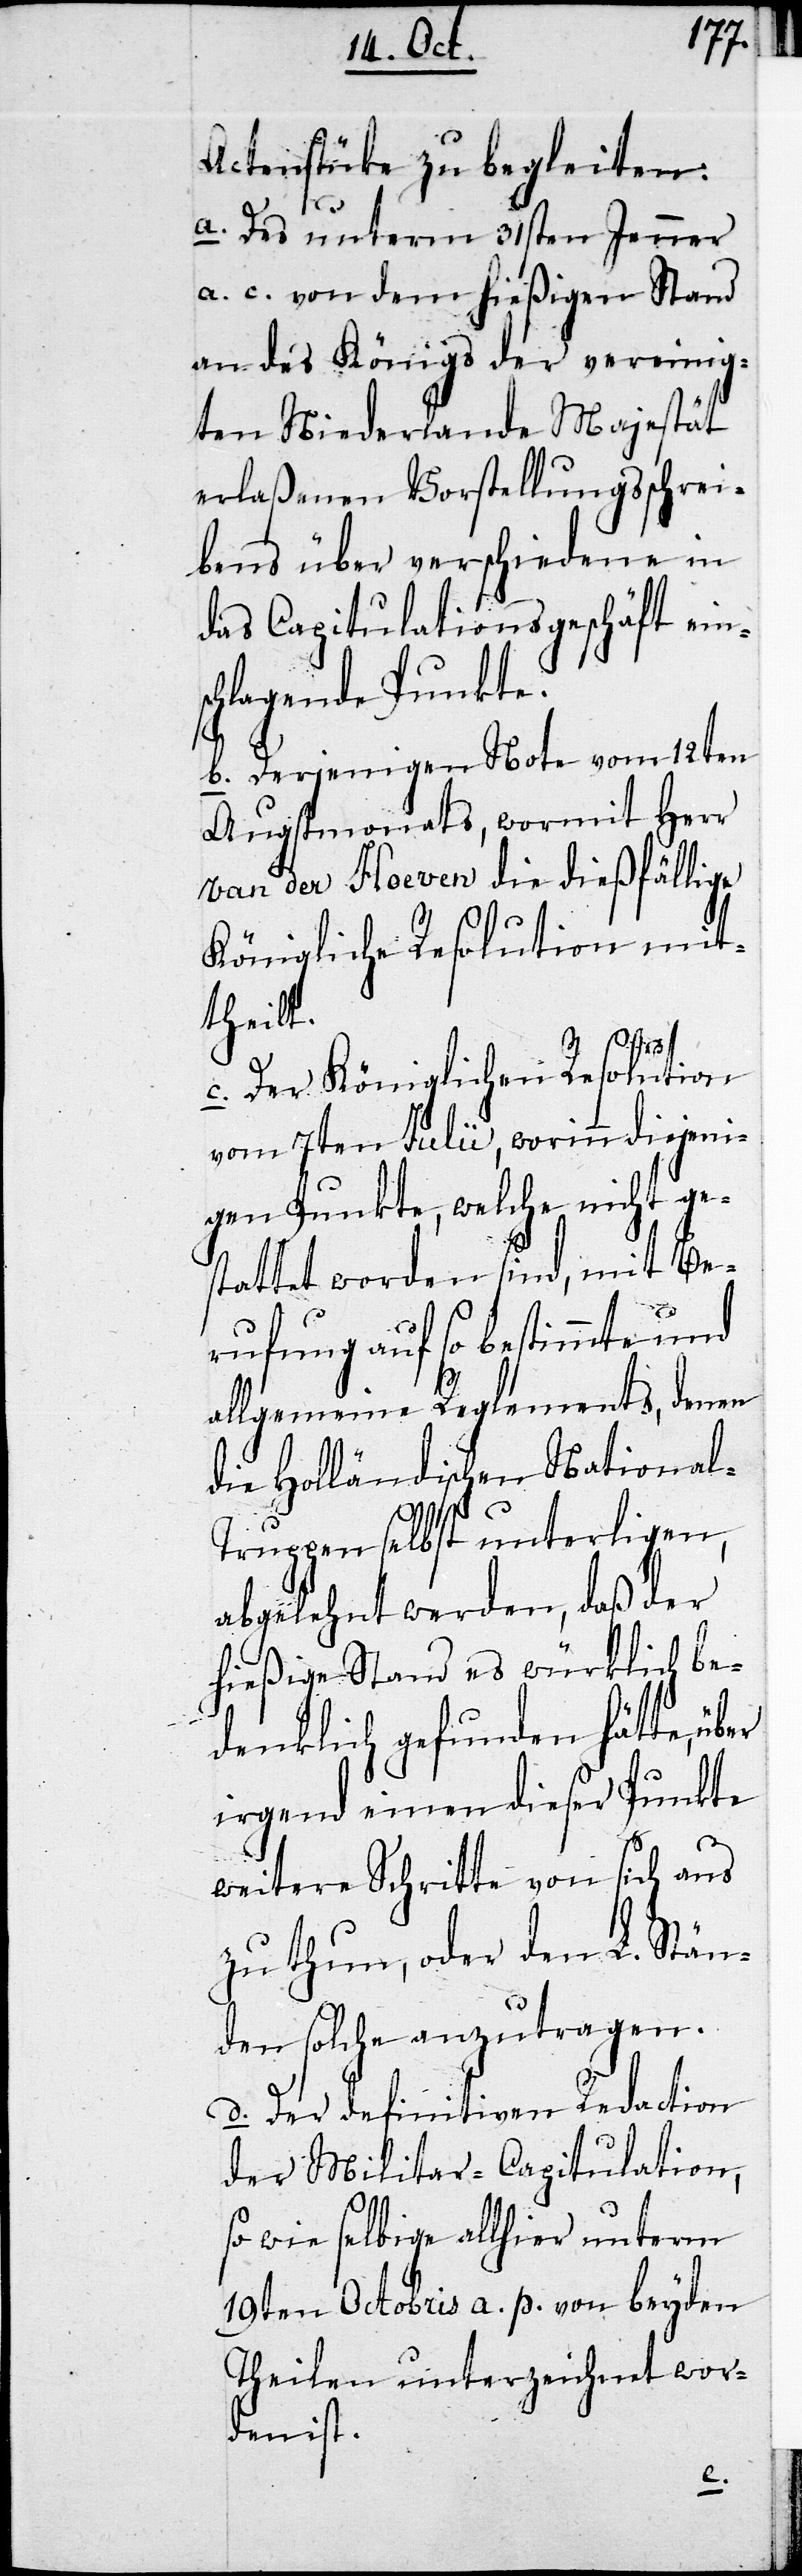
Actenstüke zu begleiten:
a. Des unterm 31sten Jenner
a. c. von dem hießigen Stand
an des Königs der Vereinig¬
ten Niederlande Majestät
erlaßenen Vorstellungsschrei¬
bens über verschiedene in
das Capitulationsgeschäft ein¬
schlagende Punkte.
b. Derjenigen Note vom 12ten
Augstmonats, wormit Herr
van der Hoeven die dießfällige
Königliche Resolution mit¬
theilt.
c. Der Königlichen Resolution
vom 7ten Julii, worinn diejeni¬
gen Punkte, welche nicht ge¬
stattet worden sind, mit Be¬
rufung auf so bestimmte und
allgemeine Reglements, denen
die Holländischen Nationa¬
l-Truppen selbst unterligen,
abgelehnt werden, daß der
hießige Stand es würklich be¬
denklich gefunden hätte, über
irgend einen dieser Punkte
weitere Schritte von sich aus
zu thun, oder den L. Stän¬
den solche anzutragen.
d. Der definitiven Reduction
der Militar-Capitulation,
so wie selbige allhier unterm
19ten Octobris a. p. von beyden
Theilen unterzeichnet wor¬
den ist.